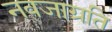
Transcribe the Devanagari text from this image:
नवजाग्रति